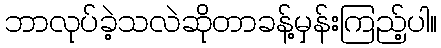
ဘာလုပ်ခဲ့သလဲဆိုတာခန့်မှန်းကြည့်ပါ။